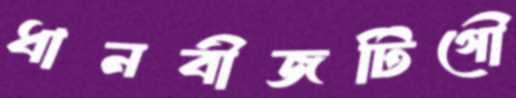
ধানবীজটিগৌ